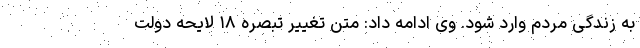
به زندگی مردم وارد شود. وی ادامه داد: متن تغییر تبصره ۱۸ لایحه دولت